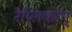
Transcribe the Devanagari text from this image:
रेप्लिकोन्